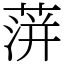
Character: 蓱